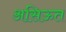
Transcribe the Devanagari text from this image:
असिऊत